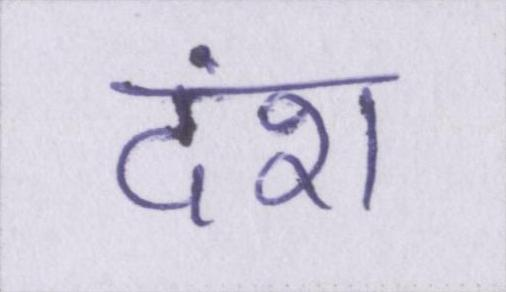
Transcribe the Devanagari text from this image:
दंश